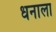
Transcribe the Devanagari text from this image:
धनाला